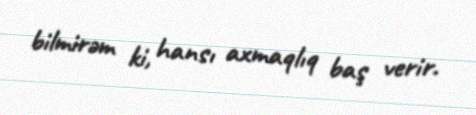
bilmirəm ki, hansı axmaqlıq baş verir.